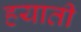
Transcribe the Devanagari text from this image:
हयाती